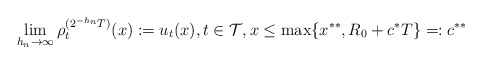
\begin{align*} \lim_{h_n\to \infty} \rho^{(2^{-h_n}T)}_t (x):= u_t(x),t\in \mathcal T, x\le \max\{x^{**},R_0+c^*T\}=:c^{**}\end{align*}